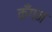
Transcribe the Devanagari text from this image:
कँगन